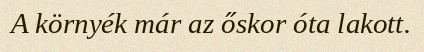
A környék már az őskor óta lakott.